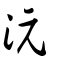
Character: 沅